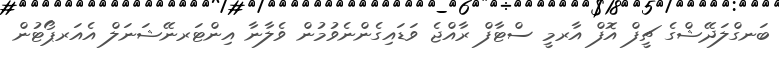
ބަނގްލަދޭޝްގެ ޗީފް އޮފް އާރމީ ސްޓާފް ރާއްޖެ ވަޑައިގެންނެވުމުން ވެލާނާ އިންޓަރނޭޝަނަލް އެއަރޕޯޓުން